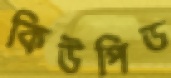
কিউপিড